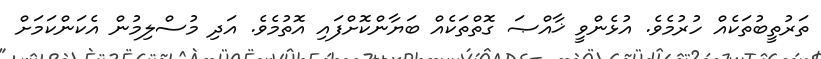
ތަރުތީބުތަކެއް ހުރުމެވެ. އުޅެންވީ ޚާއްޞަ ގޮތްތަކެއް ބަޔާންކޮށްފައި އޮތުމެވެ. އަދި މުސްލިމުން އެކަންކަމަށް